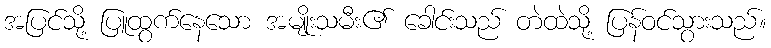
အပြင်သို့ ပြူထွက်နေသော အမျိုးသမီး၏ ခေါင်းသည် တဲထဲသို့ ပြန်ဝင်သွားသည်။